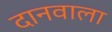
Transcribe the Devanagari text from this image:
दानवाला